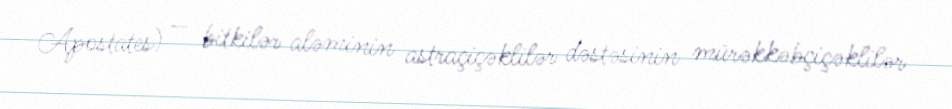
Apostates) — bitkilər aləminin astraçiçəklilər dəstəsinin mürəkkəbçiçəklilər